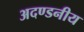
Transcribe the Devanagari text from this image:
अदण्डनीय